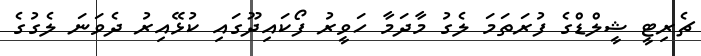
ޗެރިޓީ ޝީލްޑްގެ ފުރަތަމަ ލެގު މާދަމާ ހަވީރު ފޯކައިދޫގައި ކުޅޭއިރު ދެވަނަ ލެގުގެ